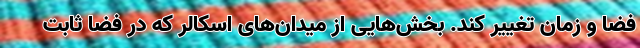
فضا و زمان تغییر کند. بخش‌هایی از میدان‌های اسکالر که در فضا ثابت